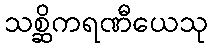
သစ္ဆိကရဏီယေသု